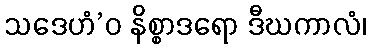
သဒေဟံ’ဝ နိစ္စာဒရော ဒီဃကာလံ၊